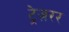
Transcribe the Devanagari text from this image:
ट्रेज़रर